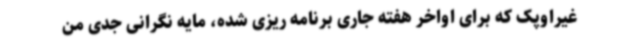
غیراوپک که برای اواخر هفته جاری برنامه ریزی شده، مایه نگرانی جدی من